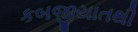
કબજીયાતથી